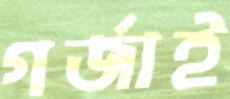
গর্‌জাই